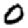
Digit: 0